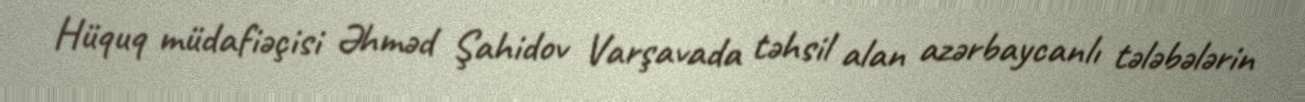
Hüquq müdafiəçisi Əhməd Şahidov Varşavada təhsil alan azərbaycanlı tələbələrin